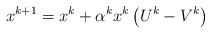
LaTeX: \begin{align*}x^{k+1}=x^{k}+\alpha^{k}x^{k}\left(U^{k}-V^{k}\right)\end{align*}